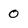
Character: 0